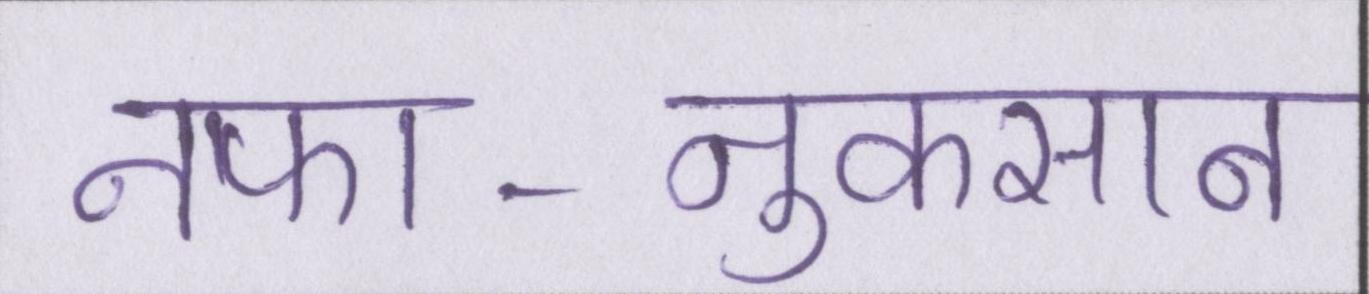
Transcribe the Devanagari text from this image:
नफा-नुकसान